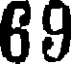
69